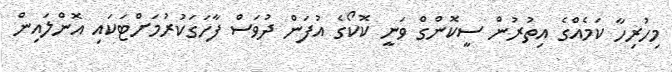
މިހުރިހާ ކަމެއްގެ އިތުރުން ސީކޮންގް ވަނީ ކޮކޯގެ އުފަން ދުވަސް ފާހަގަކުރުމަށްޓަކައި އޮންލައިން